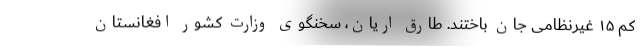
کم ۱۵ غیرنظامی جان باختند. طارق اریان، سخنگوی وزارت کشور افغانستان